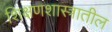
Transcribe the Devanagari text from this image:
शिक्षणशास्त्रातील